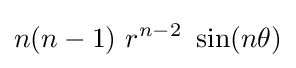
n(n-1)~r^{n-2}~\sin(n\theta )